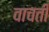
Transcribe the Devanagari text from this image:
वाचती